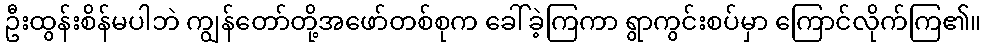
ဦးထွန်းစိန်မပါဘဲ ကျွန်တော်တို့အဖော်တစ်စုက ခေါ်ခဲ့ကြကာ ရွာကွင်းစပ်မှာ ကြောင်လိုက်ကြ၏။